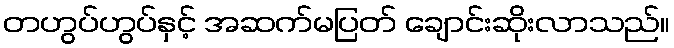
တဟွပ်ဟွပ်နှင့် အဆက်မပြတ် ချောင်းဆိုးလာသည်။